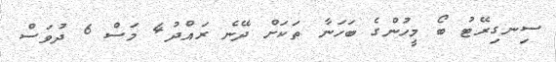
ސިނގިރޭޓު ބޯ މީހުންގެ ބަހަނާ ތަކަށް ދޭނެ ރައްދު4 މަސް 6 ދުވަސް